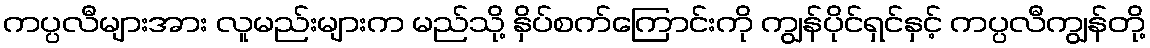
ကပ္ပလီများအား လူမည်းများက မည်သို့ နှိပ်စက်ကြောင်းကို ကျွန်ပိုင်ရှင်နှင့် ကပ္ပလီကျွန်တို့